Malarial fevers
Disease focus: Malaria
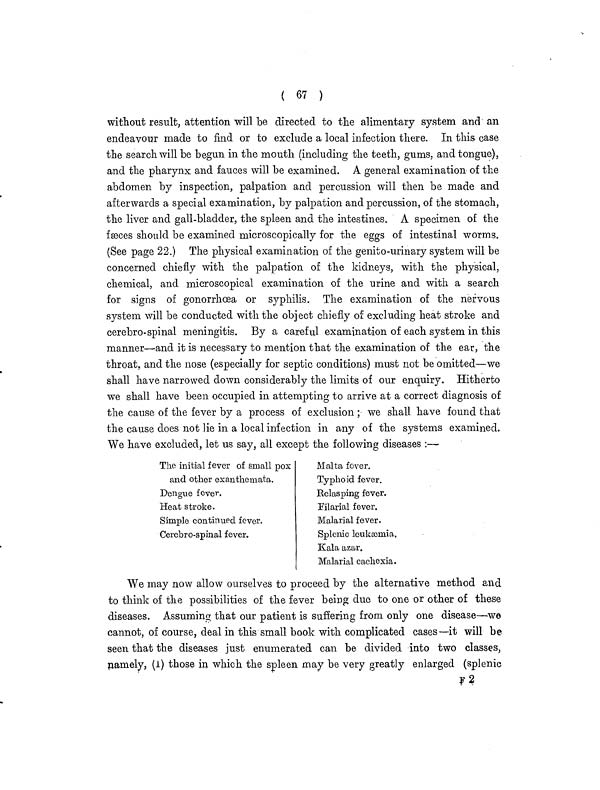
( 67 )
without result, attention will be directed to the alimentary system and an
endeavour made to find or to exclude a local infection there. In this case
the search will be begun in the mouth (including the teeth, gums, and tongue),
and the pharynx and fauces will be examined. A general examination of the
abdomen by inspection, palpation and percussion will then be made and
afterwards a special examination, by palpation and percussion, of the stomach,
the liver and gall-bladder, the spleen and the intestines. A specimen of the
fæces should be examined microscopically for the eggs of intestinal worms.
(See page 22.) The physical examination of the genito-urinary system will be
concerned chiefly with the palpation of the kidneys, with the physical,
chemical, and microscopical examination of the urine and with a search
for signs of gonorrhoea or syphilis. The examination of the nervous
system will be conducted with the object chiefly of excluding heat stroke and
cerebro-spinal meningitis. By a careful examination of each system in this
manner—and it is necessary to mention that the examination of the ear, the
throat, and the nose (especially for septic conditions) must not be omitted—we
shall have narrowed down considerably the limits of our enquiry. Hitherto
we shall have been occupied in attempting to arrive at a correct diagnosis of
the cause of the fever by a process of exclusion ; we shall have found that
the cause does not lie in a local infection in any of the systems examined.
We have excluded, let us say, all except the following diseases :—
The initial fever of small pox
and other exanthemata.
Dengue fever.
Heat stroke.
Simple continued fever.
Cerebro-spinal fever.
Malta fever.
Typhoid fever.
Relasping fever.
Filarial fever.
Malarial fever.
Splenic leukæmia.
Kala azar.
Malarial cachexia.
We may now allow ourselves to proceed by the alternative method and
to think of the possibilities of the fever being due to one or other of these
diseases. Assuming that our patient is suffering from only one disease—we
cannot, of course, deal in this small book with complicated cases—it will be
seen that the diseases just enumerated can be divided into two classes,
namely, (1) those in which the spleen may be very greatly enlarged (splenic
F 2